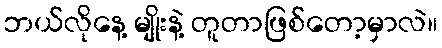
ဘယ်လိုနေ့ မျိုးနဲ့ တူတာဖြစ်တော့မှာလဲ။